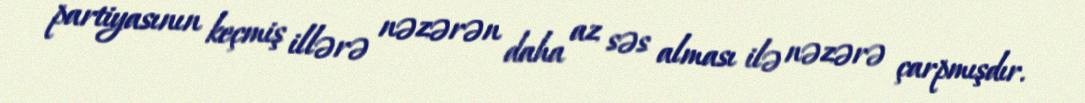
partiyasının keçmiş illərə nəzərən daha az səs alması ilə nəzərə çarpmışdır.